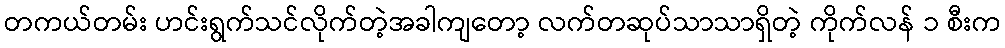
တကယ်တမ်း ဟင်းရွက်သင်လိုက်တဲ့အခါကျတော့ လက်တဆုပ်သာသာရှိတဲ့ ကိုက်လန် ၁ စီးက